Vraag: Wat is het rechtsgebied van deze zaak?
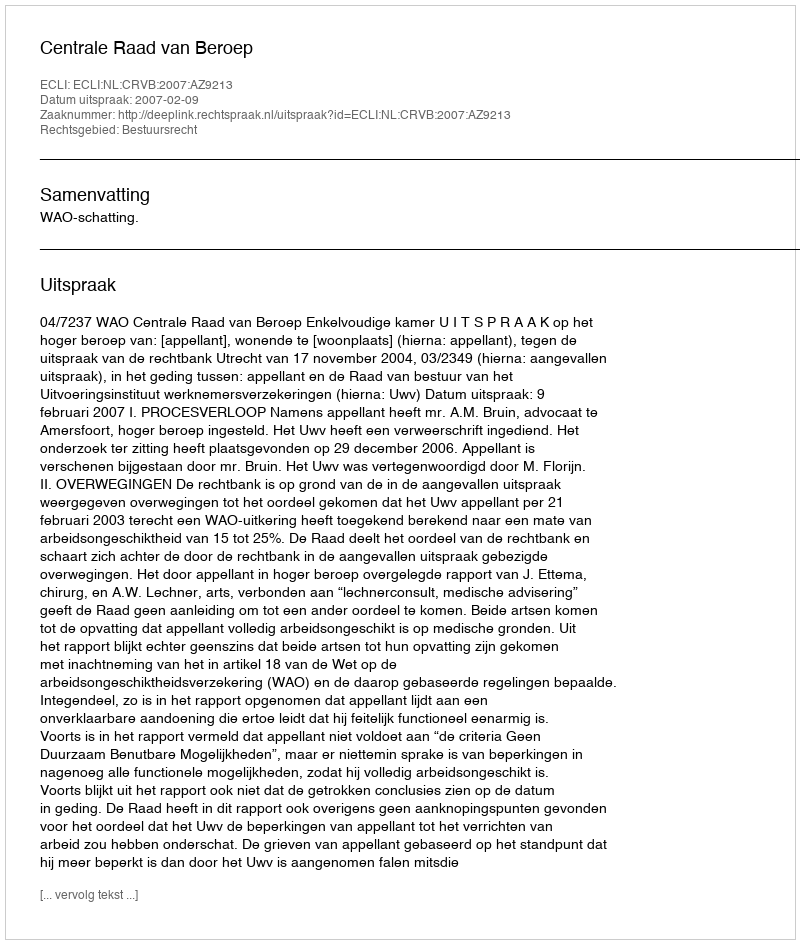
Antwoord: Bestuursrecht